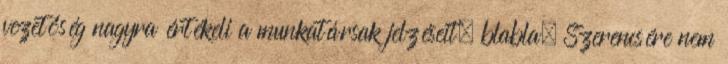
vezetőség nagyra értékeli a munkatársak jelzéseit, blabla. Szerencsére nem